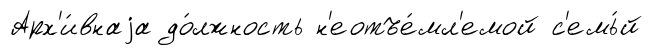
Арх'и́внаjа до́лжность н'еотъе́мл'емой с'емь́й